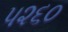
૫૨૬૦